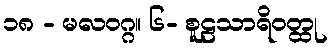
၁၈ - မလဝဂ္ဂ။ ၆- စူဠသာရိဝတ္ထု